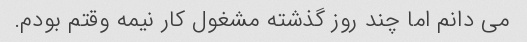
می دانم اما چند روز گذشته مشغول کار نیمه وقتم بودم.